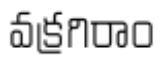
వక్రగిరాం